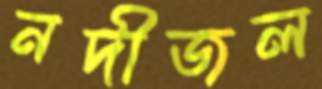
নদীজল